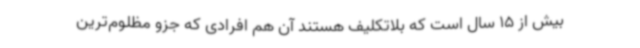
بیش از 15 سال است که بلاتکلیف هستند آن هم افرادی که جزو مظلوم‌ترین